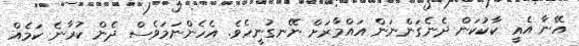
އޭނާ އެއީ ކާކުކަން ދެނެގަންނަން އައްމާރަށް ނޭނގުނީހެވެ. އެހެންނަމަވެސް ދެން ކުރާނެ ކަމެއް